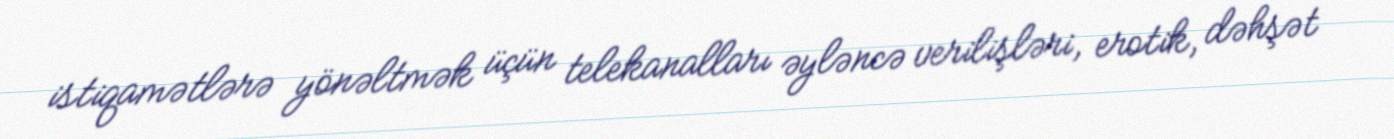
istiqamətlərə yönəltmək üçün telekanalları əyləncə verilişləri, erotik, dəhşət